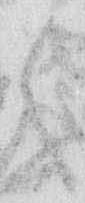
々